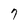
Character: 7